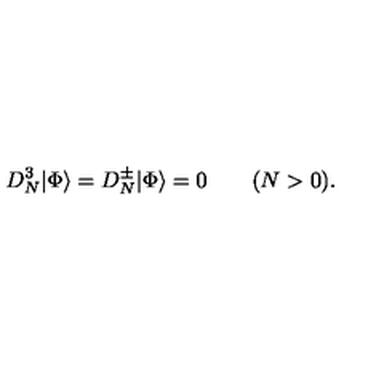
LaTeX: D _ { N } ^ { 3 } | \Phi \rangle = D _ { N } ^ { \pm } | \Phi \rangle = 0 \qquad ( N > 0 ) .